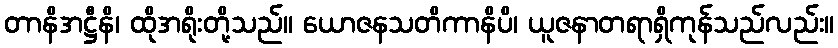
တာနိအဋ္ဌီနိ၊ ထိုအရိုးတို့သည်။ ယောဇနသတိကာနိပိ၊ ယူဇနာတရာရှိကုန်သည်လည်း။